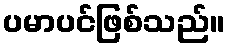
ပမာပင်ဖြစ်သည်။